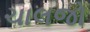
ચાલજો